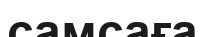
самсаға